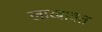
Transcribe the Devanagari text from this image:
लाखावत